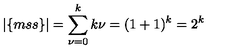
| \{ m s s \} | = \sum _ { \nu = 0 } ^ { k } { \binom { k } { \nu } } = ( 1 + 1 ) ^ { k } = 2 ^ { k }